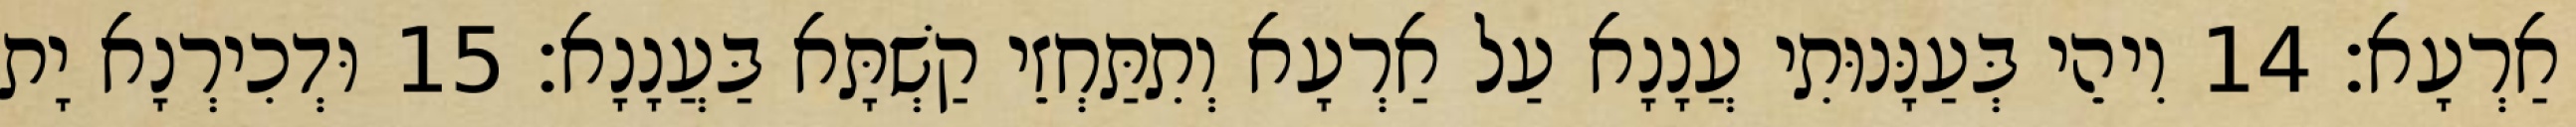
אַרְעָא׃ 14 וִיהֵי בְּעַנָּנוּתִי עֲנָנָא עַל אַרְעָא וְתִתַּחְזֵי קַשְׁתָּא בַּעֲנָנָא׃ 15 וּדְכִירְנָא יָת